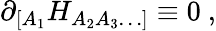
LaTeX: \partial_{[A_{1}}H_{A_{2}A_{3}\ldots]}\equiv 0\ ,